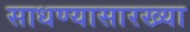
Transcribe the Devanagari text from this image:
साधण्यासारख्या